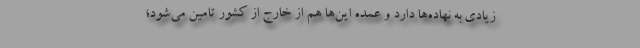
زیادی به نهاده‌ها دارد و عمده این‌ها هم از خارج از کشور تامین می‌شود؛